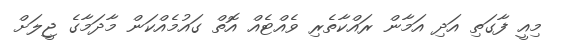
މިއީ ފާގަތި އަދި އަމާން ރައްކާތެރި ވެއްޓެއް އޮތް ގައުމެއްކަން މާދަމާގެ ޖީލަށް